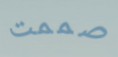
صممت